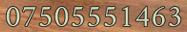
07505551463